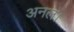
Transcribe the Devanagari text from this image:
अनल।